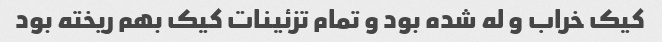
کیک خراب و له شده بود و تمام تزئینات کیک بهم ریخته بود